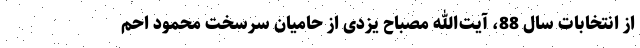
از انتخابات سال 88، آیت‌الله مصباح یزدی از حامیان سرسخت محمود احم